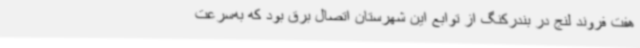
هفت فروند لنج در بندرکنگ از توابع این شهرستان اتصال برق بود که به‌سرعت